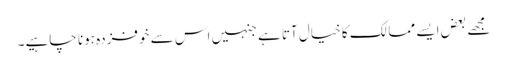
مجھے بعض ایسے ممالک کا خیال آتا ہے جنہیں اس سے خوفزدہ ہونا چاہیے۔